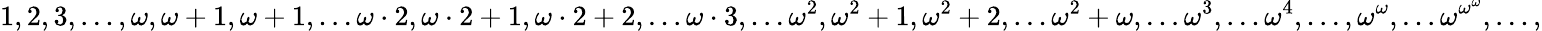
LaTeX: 1,2,3,\dots,\omega,\omega+1,\omega+1,\dots\omega\cdot 2,\omega\cdot 2+1,\omega\cdot 2+2,\dots\omega\cdot 3,\dots\omega^{2},\omega^{2}+1,\omega^{2}+2,\dots\omega^{2}+\omega,\dots\omega^{3},\dots\omega^{4},\dots,\omega^{\omega},\dots\omega^{{\omega}^{\omega}},\dots,